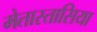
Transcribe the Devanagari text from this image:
मेतास्तासिया